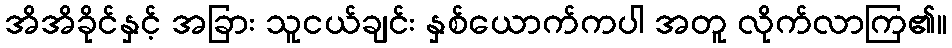
အိအိခိုင်နှင့် အခြား သူငယ်ချင်း နှစ်ယောက်ကပါ အတူ လိုက်လာကြ၏။